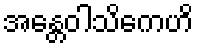
အန္တေဝါသိကေဟိ